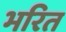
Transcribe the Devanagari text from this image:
भरित